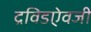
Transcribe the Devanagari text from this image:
द्रविडऐवजी